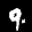
Label: 9